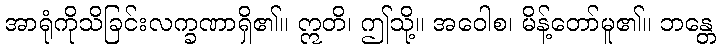
အာရုံကိုသိခြင်းလက္ခဏာရှိ၏။ ဣတိ၊ ဤသို့။ အဝေါစ၊ မိန့်တော်မူ၏။ ဘန္တေ